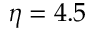
\eta = 4 . 5